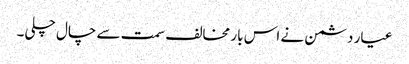
عیار دشمن نے اس بار مخالف سمت سے چال چلی۔